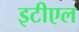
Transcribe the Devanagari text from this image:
इटीएल